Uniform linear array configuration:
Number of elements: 64
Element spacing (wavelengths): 0.75
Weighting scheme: exponential
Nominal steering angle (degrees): -30
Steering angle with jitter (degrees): -28.348
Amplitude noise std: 0.05
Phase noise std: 0.05

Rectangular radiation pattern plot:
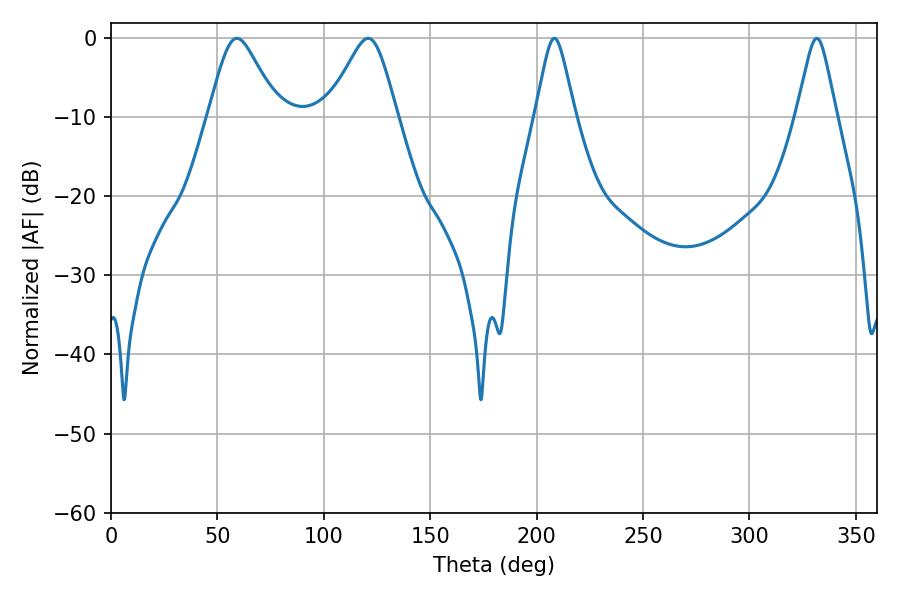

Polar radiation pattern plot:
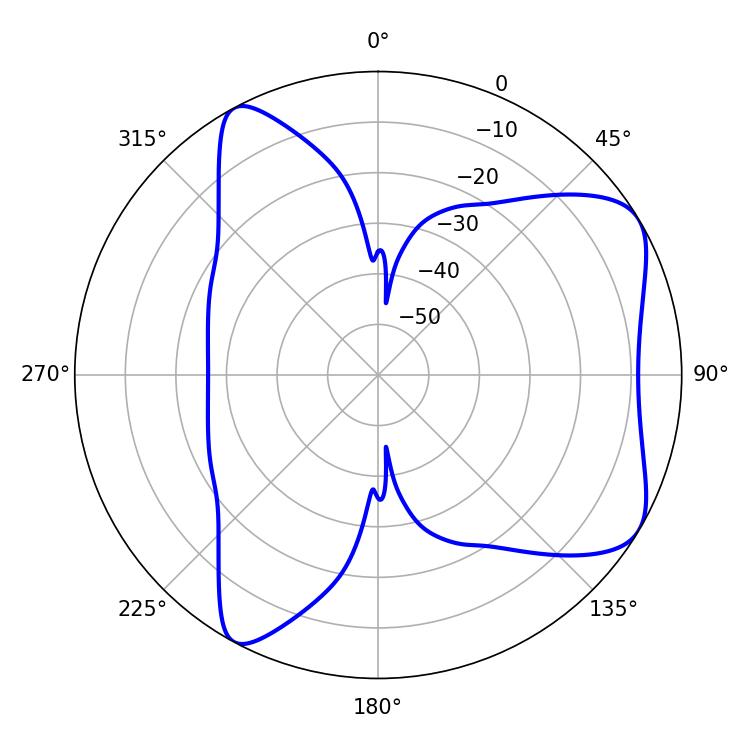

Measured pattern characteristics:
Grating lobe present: TRUE
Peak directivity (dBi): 6.72
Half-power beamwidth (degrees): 15.84
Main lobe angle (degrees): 59.22